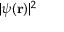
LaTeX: | \psi ( \mathbf { r } ) | ^ { 2 }